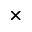
\times